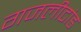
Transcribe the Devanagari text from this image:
गजलीटांड